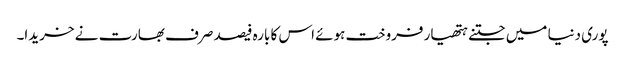
پوری دنیا میں جتنے ہتھیار فروخت ہوئے اس کا بارہ فیصد صرف بھارت نے خریدا۔